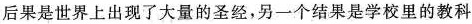
后果是世界上出现了大量的圣经，另一个结果是学校里的教科